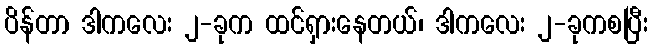
ပိန်တာ ဒါကလေး ၂-ခုက ထင်ရှားနေတယ်၊ ဒါကလေး ၂-ခုကစပြီး